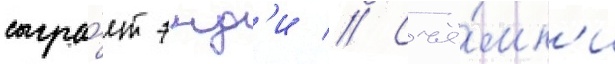
сыгра́ет энд'и // Съё́мк'и